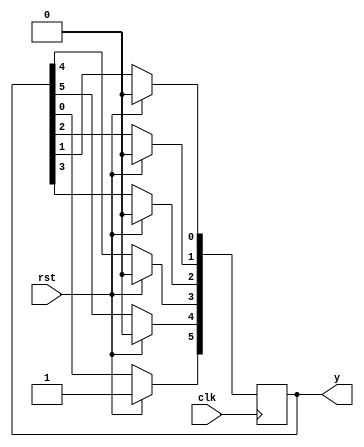
module js(input clk, rst, output reg [5:0] y);
always@(posedge clk)
 begin 
  if(rst) y<=6'b100000;
  else begin
    y[5]<=y[0];
    y[4]<=y[5];
    y[3]<=y[4];
    y[2]<=y[3];
    y[1]<=y[2];
    y[0]<=y[1];
  end
 end
endmodule



module tb;
reg clk,rst;
wire[5:0]y;
always #1 clk=~clk;
js s1(clk,rst,y);
initial begin
$monitor($time,"   count=%b ",y);
#0 clk=1;rst=1;
#1 rst=0;
end
initial begin
#34 $finish;
end
endmodule